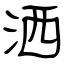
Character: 洒